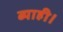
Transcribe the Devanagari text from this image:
ब्याही।